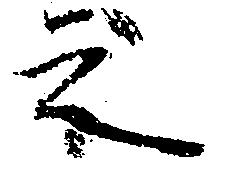
之